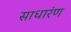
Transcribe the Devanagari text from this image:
साधारंण